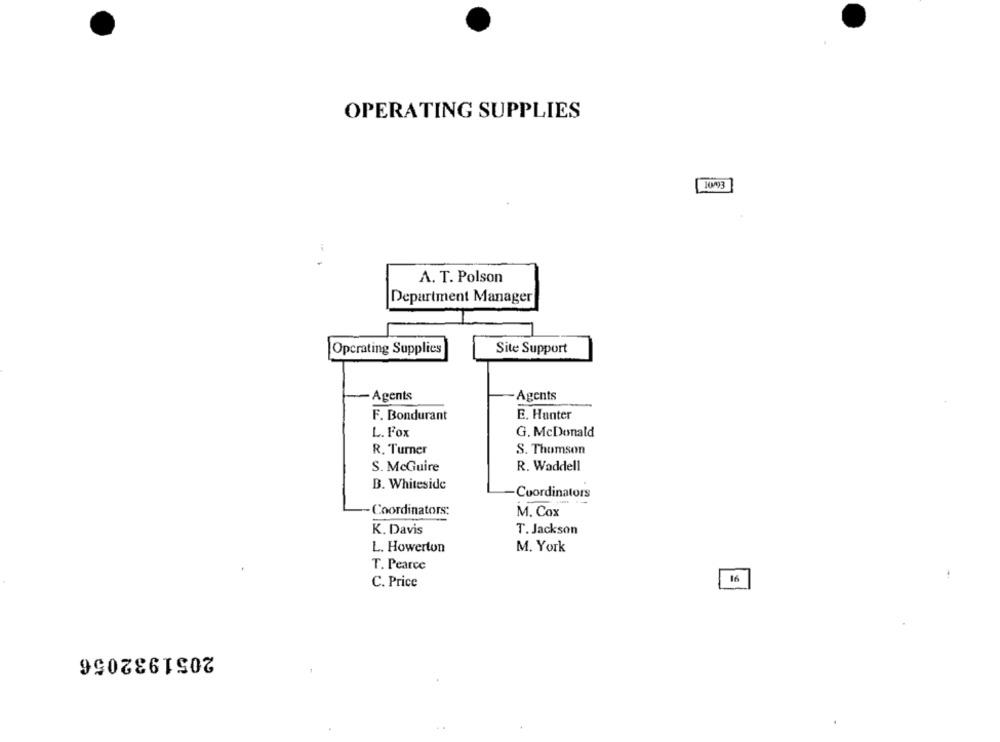
OPERATING SUPPLIES
A. T. Polson
Department Manager
Site Support
Operating Supplies
Agents
Agents
F. Bondurant
E. Hunter
L. Fox
G. McDonald
R. Turner
S. Thomson
S. McGuire
R. Waddell
B. Whiteside
Coordinators
Coordinators:
M. Cox
K. Davis
T. Jackson
L. Howerton
M. York
T. Pearce
16
C. Price
2051932056